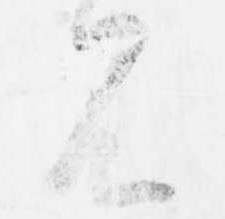
見